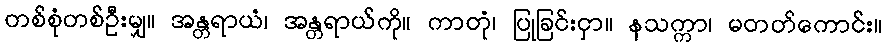
တစ်စုံတစ်ဦးမျှ။ အန္တရာယံ၊ အန္တရာယ်ကို။ ကာတုံ၊ ပြုခြင်းငှာ။ နသက္ကာ၊ မတတ်ကောင်း။